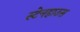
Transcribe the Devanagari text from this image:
स्टेनहाउस